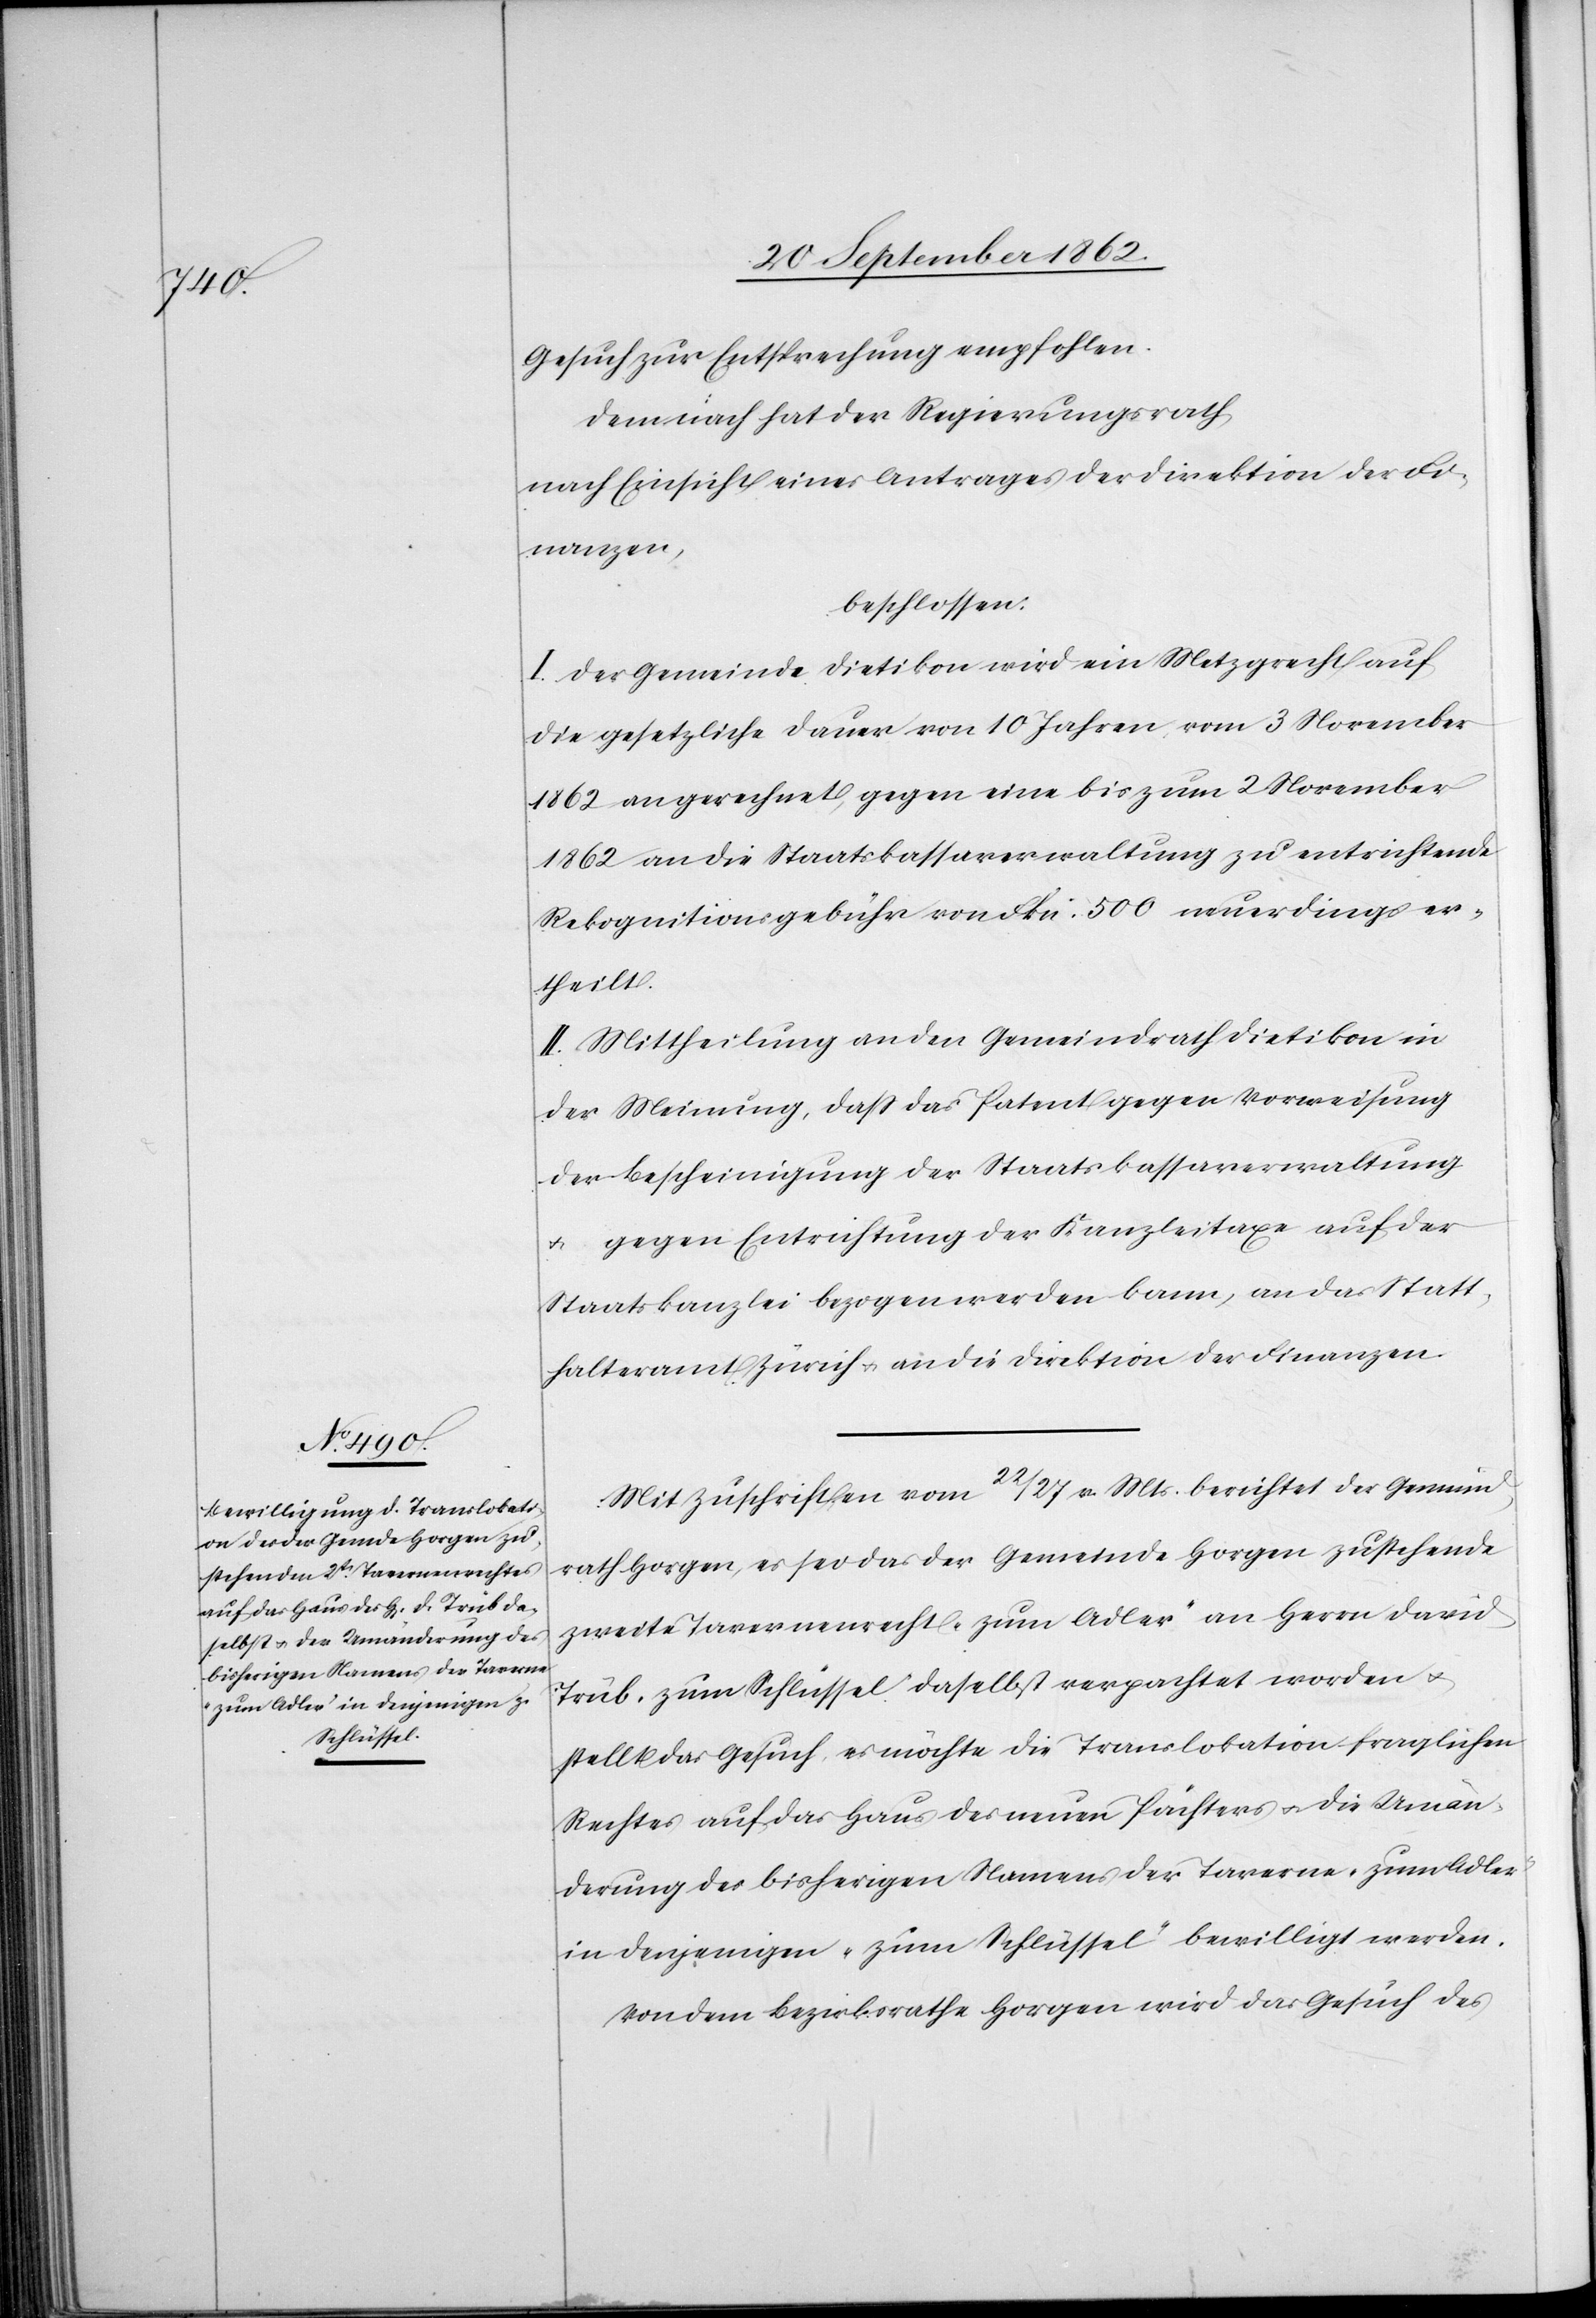
derung

bisherigen Namens der Taverne

Gesuch zur Entsprechung empfohlen.
Demnach hat der Regierungsrath,
nach Einsicht eines Antrages der Direktion der Fi¬
nanzen,
beschlossen:
I. Der Gemeinde Dietikon wird ein Metzgrecht auf
die gesetzliche Dauer von 10 Jahren vom 3. November
1862 an gerechnet, gegen eine bis zum 2. November
1862 an die Staatskassaverwaltung zu entrichtende
Rekognitionsgebühr von Frkn. 500 neuerdings er¬
theilt.
II. Mittheilung an den Gemeindrath Dietikon in
der Meinung, daß das Patent gegen Vorweisung
der Bescheinigung der Staatskassaverwaltung
u. gegen Entrichtung der Kanzleitaxe auf der
Staatskanzlei bezogen werden kann, an das Statt¬
halteramt Zürich u. an die Direktion der Finanzen.
Mit Zuschrift vom 22/27. v. Mts. berichtet der Gemeind¬
rath Horgen, es sei das der Gemeinde Horgen zustehende
zweite Tavernenrecht „zum Adler“ an Herrn David
Trüb „zum Schlüssel“ daselbst verpachtet worden u.
stellt das Gesuch, es möchte des neuen Pächters u. die Umän¬
in denjenigen „zum Schlüssel“ bewilligt werden.
Von dem Bezirksrathe Horgen wird das Gesuch des